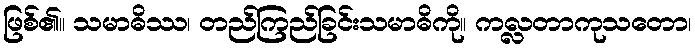
ဖြစ်၏။ သမာဓိဿ၊ တည်ကြည်ခြင်းသမာဓိကို။ ကလ္လတာကုသတော၊